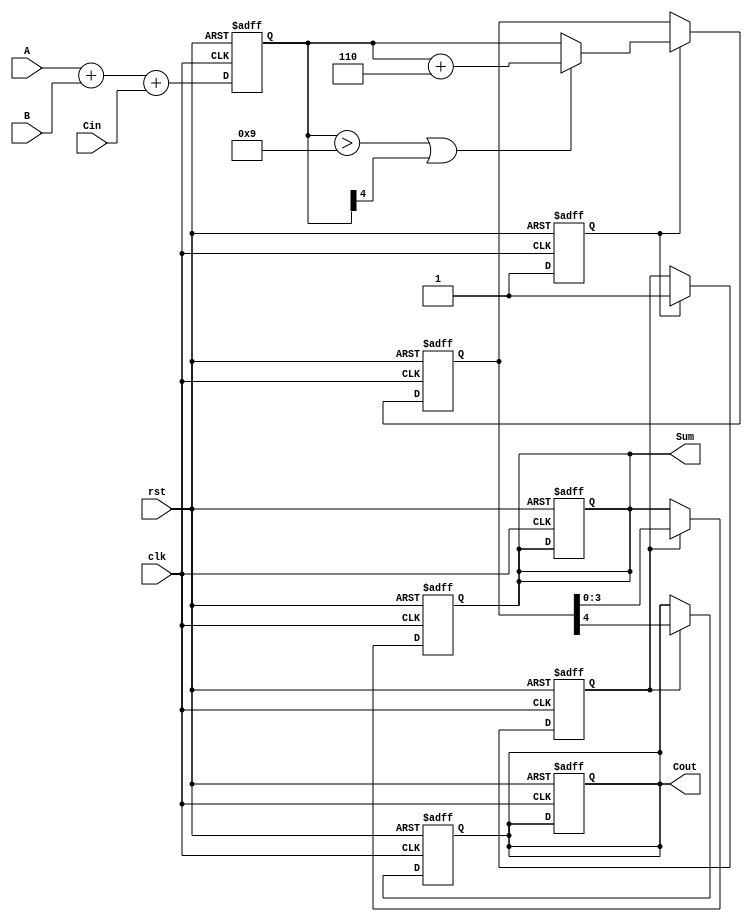
module BCD_Pipelined_Adder (
    input wire [3:0] A,      // BCD input A
    input wire [3:0] B,      // BCD input B
    input wire Cin,          // Carry input
    input wire clk,          // Clock signal
    input wire rst,          // Reset signal
    output reg [3:0] Sum,    // Corrected BCD output
    output reg Cout          // Carry output
);

    // Intermediate signals
    reg [4:0] stage1_sum;    // Sum from Stage 1
    reg [4:0] stage2_sum;    // Sum after correction
    reg stage1_valid;         // Valid signal for stage 1
    reg stage2_valid;         // Valid signal for stage 2

    // Stage 1: BCD Addition
    always @(posedge clk or posedge rst) begin
        if (rst) begin
            stage1_sum <= 5'b0;
            stage1_valid <= 1'b0;
        end else begin
            stage1_sum <= A + B + Cin; // Add A, B, and Cin
            stage1_valid <= 1'b1;       // Mark stage 1 as valid
        end
    end

    // Stage 2: BCD Correction Logic
    always @(posedge clk or posedge rst) begin
        if (rst) begin
            stage2_sum <= 5'b0;
            stage2_valid <= 1'b0;
            Sum <= 4'b0;
            Cout <= 1'b0;
        end else if (stage1_valid) begin
            // Check for BCD correction
            if (stage1_sum > 9 || stage1_sum[4]) begin
                stage2_sum <= stage1_sum + 5'b0110; // Add 6 for correction
            end else begin
                stage2_sum <= stage1_sum; // No correction needed
            end
            stage2_valid <= 1'b1; // Mark stage 2 as valid
        end
    end

    // Output Stage: Final Result
    always @(posedge clk or posedge rst) begin
        if (rst) begin
            Sum <= 4'b0;
            Cout <= 1'b0;
        end else if (stage2_valid) begin
            Sum <= stage2_sum[3:0]; // Take the lower 4 bits as the result
            Cout <= stage2_sum[4];  // Carry out is the 5th bit
        end
    end

endmodule